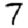
Digit: 7